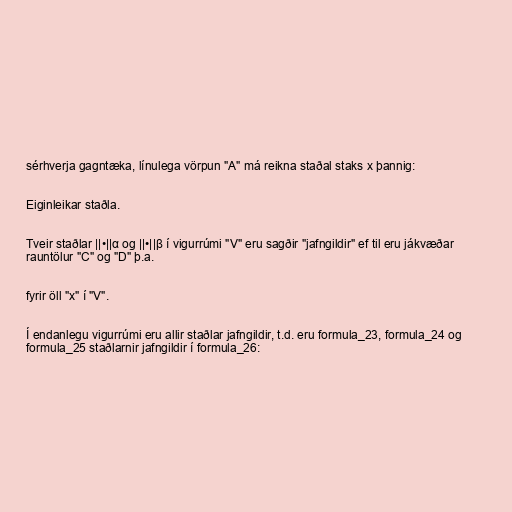
sérhverja gagntæka, línulega vörpun "A" má reikna staðal staks x þannig:

Eiginleikar staðla.

Tveir staðlar ||•||α og ||•||β í vigurrúmi "V" eru sagðir "jafngildir" ef til eru jákvæðar
rauntölur "C" og "D" þ.a.

fyrir öll "x" í "V".

Í endanlegu vigurrúmi eru allir staðlar jafngildir, t.d. eru formula_23, formula_24 og
formula_25 staðlarnir jafngildir í formula_26: